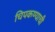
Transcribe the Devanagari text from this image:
चिपकण्याची